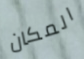
المكان